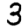
Digit: 3